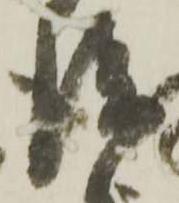
談